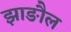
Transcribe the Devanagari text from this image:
झाङौल